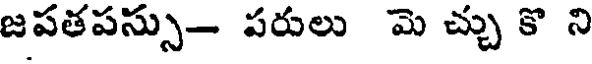
జపతపస్సు- పరులు మె చ్చు కొ ని